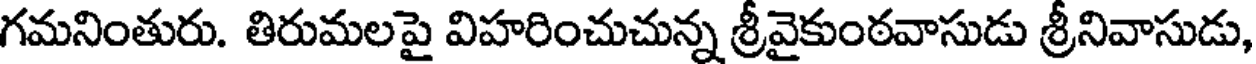
గమనింతురు. తిరుమలపై విహరించుచున్న శ్రీవైకుంఠవాసుడు శ్రీనివాసుడు,